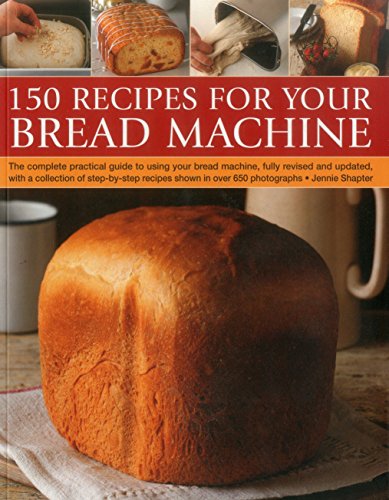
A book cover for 150 Recipes for your Bread Machine: The Complete Practical Guide To Using Your Bread Machine, Fully Revised And Updated, With A Collection Of Step-By-Step Recipes, Shown In Over 600 Photographs; Jennie Shapter; Cookbooks, Food & Wine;